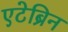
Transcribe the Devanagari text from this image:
एटेब्रिन